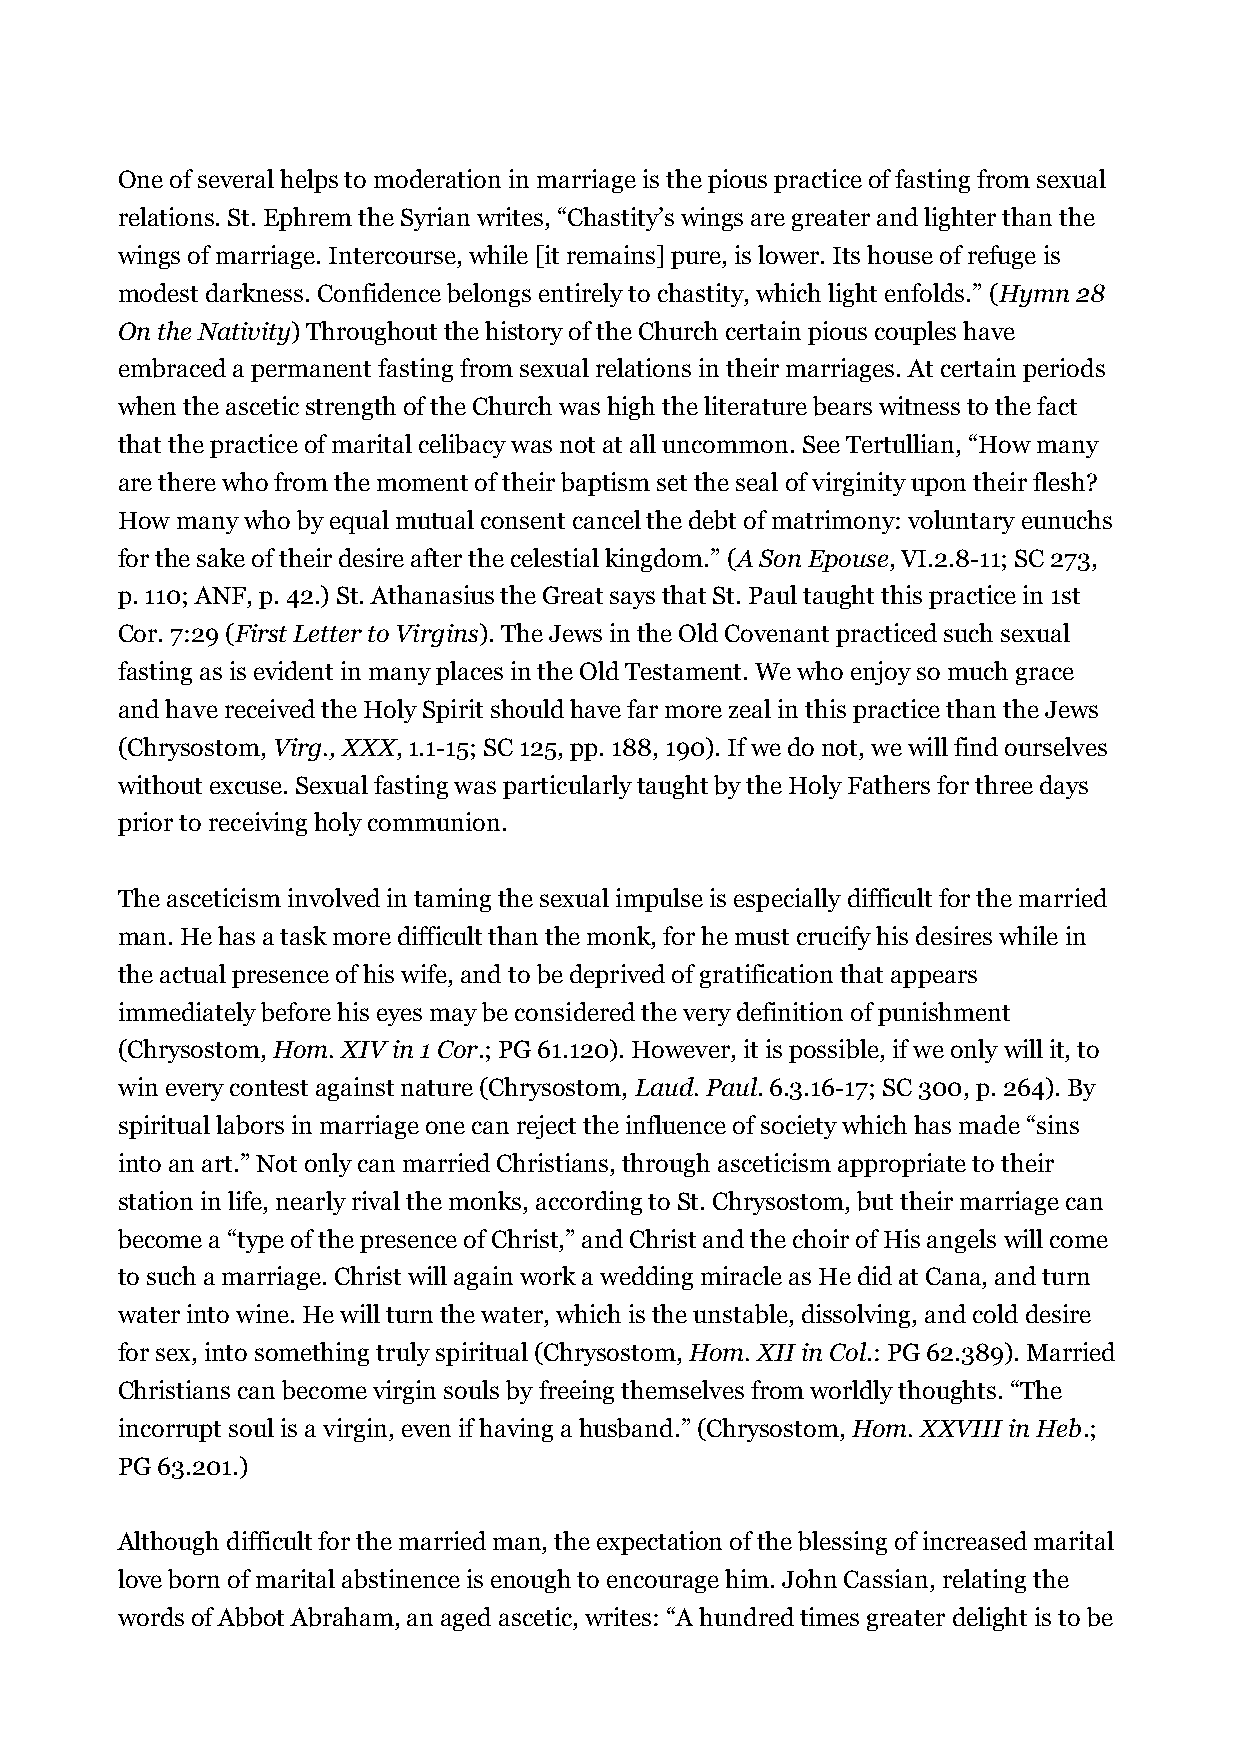
One of several helps to moderation in marriage is the pious practice of fasting from sexual
 relations. St. Ephrem the Syrian writes, “Chastity’s wings are greater and lighter than the
 wings of marriage. Intercourse, while [it remains] pure, is lower. Its house of refuge is
 modest darkness. Confidence belongs entirely to chastity, which light enfolds.” (Hymn 28
 On the Nativity) Throughout the history of the Church certain pious couples have
 embraced a permanent fasting from sexual relations in their marriages. At certain periods
 when the ascetic strength of the Church was high the literature bears witness to the fact
 that the practice of marital celibacy was not at all uncommon. See Tertullian, “How many
 are there who from the moment of their baptism set the seal of virginity upon their flesh?
 How many who by equal mutual consent cancel the debt of matrimony: voluntary eunuchs
 for the sake of their desire after the celestial kingdom.” (A Son Epouse, VI.2.8-11; SC 273,
 p. 110; ANF, p. 42.) St. Athanasius the Great says that St. Paul taught this practice in 1st
 Cor. 7:29 (First Letter to Virgins). The Jews in the Old Covenant practiced such sexual
 fasting as is evident in many places in the Old Testament. We who enjoy so much grace
 and have received the Holy Spirit should have far more zeal in this practice than the Jews
 (Chrysostom, Virg., XXX, 1.1-15; SC 125, pp. 188, 190). If we do not, we will find ourselves
 without excuse. Sexual fasting was particularly taught by the Holy Fathers for three days
 prior to receiving holy communion.
 The asceticism involved in taming the sexual impulse is especially difficult for the married
 man. He has a task more difficult than the monk, for he must crucify his desires while in
 the actual presence of his wife, and to be deprived of gratification that appears
 immediately before his eyes may be considered the very definition of punishment
 (Chrysostom, Hom. XIV in 1 Cor.; PG 61.120). However, it is possible, if we only will it, to
 win every contest against nature (Chrysostom, Laud. Paul. 6.3.16-17; SC 300, p. 264). By
 spiritual labors in marriage one can reject the influence of society which has made “sins
 into an art.” Not only can married Christians, through asceticism appropriate to their
 station in life, nearly rival the monks, according to St. Chrysostom, but their marriage can
 become a “type of the presence of Christ,” and Christ and the choir of His angels will come
 to such a marriage. Christ will again work a wedding miracle as He did at Cana, and turn
 water into wine. He will turn the water, which is the unstable, dissolving, and cold desire
 for sex, into something truly spiritual (Chrysostom, Hom. XII in Col.: PG 62.389). Married
 Christians can become virgin souls by freeing themselves from worldly thoughts. “The
 incorrupt soul is a virgin, even if having a husband.” (Chrysostom, Hom. XXVIII in Heb.;
 PG 63.201.)
 Although difficult for the married man, the expectation of the blessing of increased marital
 love born of marital abstinence is enough to encourage him. John Cassian, relating the
 words of Abbot Abraham, an aged ascetic, writes: “A hundred times greater delight is to be